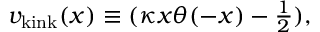
v _ { \mathrm { k i n k } } ( x ) \equiv ( \kappa x \theta ( - x ) - { \textstyle { \frac { 1 } { 2 } } } ) ,